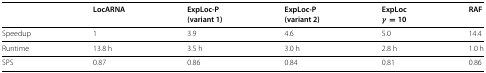
<table><thead><tr><td></td><td><b>LocARNA</b></td><td><b>ExpLoc-P</b></td><td><b>ExpLoc-P</b></td><td><b>ExpLoc</b></td><td><b>RAF</b></td></tr><tr><td></td><td></td><td><b>(variant 1)</b></td><td><b>(variant 2)</b></td><td><b><i>γ</i>=10</b></td><td></td></tr></thead><tbody><tr><td>Speedup</td><td>1</td><td>3.9</td><td>4.6</td><td>5.0</td><td>14.4</td></tr><tr><td>Runtime</td><td>13.8 h</td><td>3.5 h</td><td>3.0 h</td><td>2.8 h</td><td>1.0 h</td></tr><tr><td>SPS</td><td>0.87</td><td>0.86</td><td>0.84</td><td>0.81</td><td>0.86</td></tr></tbody></table>